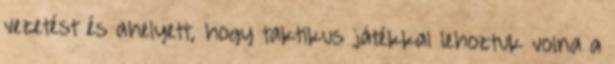
vezetést és ahelyett, hogy taktikus játékkal lehoztuk volna a